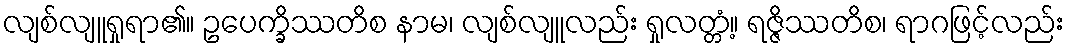
လျစ်လျူရှုရာ၏။ ဥပေက္ခိဿတိစ နာမ၊ လျစ်လျူလည်း ရှုလတ္တံ့။ ရဇ္ဇိဿတိစ၊ ရာဂဖြင့်လည်း